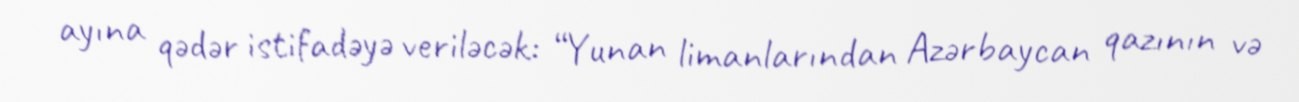
ayına qədər istifadəyə veriləcək: “Yunan limanlarından Azərbaycan qazının və